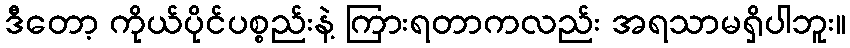
ဒီတော့ ကိုယ်ပိုင်ပစ္စည်းနဲ့ ကြားရတာကလည်း အရသာမရှိပါဘူး။